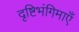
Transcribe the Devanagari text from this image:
दृष्टिभंगिमाएँ